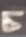
চ